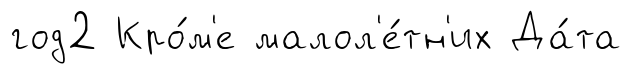
год2 Кро́м'е малол'е́тн'их Да́та